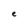
Character: e